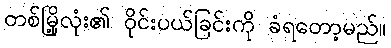
တစ်မြို့လုံး၏ ဝိုင်းပယ်ခြင်းကို ခံရတော့မည်။